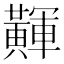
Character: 𪏕